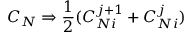
C _ { N } \Rightarrow { \frac { 1 } { 2 } } ( C _ { N i } ^ { j + 1 } + C _ { N i } ^ { j } )